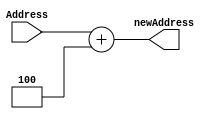
`timescale 1ns / 1ps
//////////////////////////////////////////////////////////////////////////////////
// Company: 
// Engineer: 
// 
// Design Name: 
// Module Name: PC4
// Project Name: 
// Target Devices: 
// Tool Versions: 
// Description: 
// 
// Dependencies: 
// 
// Revision:
// Revision 0.01 - File Created
// Additional Comments:
// 
//////////////////////////////////////////////////////////////////////////////////


module PC4(
    input [31:0] Address,
    output wire [31:0] newAddress
    );
    
    assign newAddress = Address + 4;
    
endmodule